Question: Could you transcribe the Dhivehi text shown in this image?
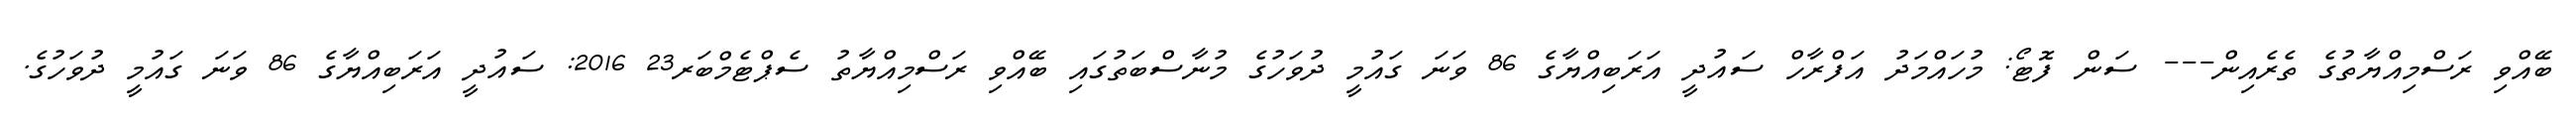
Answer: ބޭއްވި ރަސްމިއްޔާތުގެ ތެރެއިން--- ސަން ފޮޓޯ: މުހައްމަދު އަފްރާހް ސައުދީ އަރަބިއްޔާގެ 86 ވަނަ ގައުމީ ދުވަހުގެ މުނާސްބަތުގައި ބޭއްވި ރަސްމިއްޔާތު ސެޕްޓެމްބަރ23 2016: ސައުދީ އަރަބިއްޔާގެ 86 ވަނަ ގައުމީ ދުވަހުގެ.